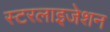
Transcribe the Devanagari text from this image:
स्टरलाइजेशन